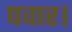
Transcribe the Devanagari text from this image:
पवार।